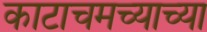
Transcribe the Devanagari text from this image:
काटाचमच्याच्या